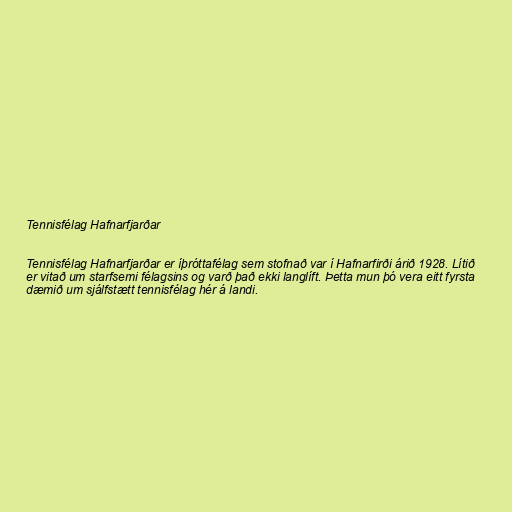
Tennisfélag Hafnarfjarðar

Tennisfélag Hafnarfjarðar er íþróttafélag sem stofnað var í Hafnarfirði árið 1928. Lítið
er vitað um starfsemi félagsins og varð það ekki langlíft. Þetta mun þó vera eitt fyrsta
dæmið um sjálfstætt tennisfélag hér á landi.